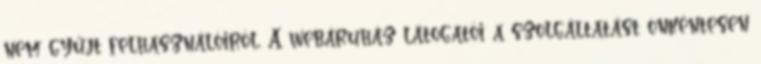
nem gyűjt felhasználóiról. A webáruház látogatói a szolgáltatást önkéntesen